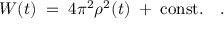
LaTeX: { \cal W } ( t ) \; = \; 4 \pi ^ { 2 } \rho ^ { 2 } ( t ) \; + \; \mathrm { c o n s t . } ~ ~ ~ .